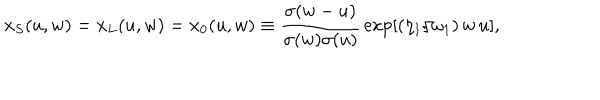
LaTeX: x _ { S } ( u , w ) = x _ { L } ( u , w ) = x _ { 0 } ( u , w ) \equiv { \frac { \sigma ( w - u ) } { \sigma ( w ) \sigma ( u ) } } \exp [ ( \eta _ { 1 } / \omega _ { 1 } ) \, w \, u ] ,